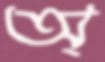
অ্